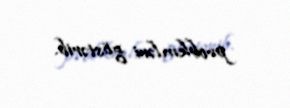
problemləri göstərib.